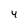
Character: 4